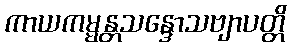
ကာယကမ္မန္တသန္ဒောသဗျာပတ္တိ